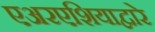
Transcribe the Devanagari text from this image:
एअरएशियाद्वारे